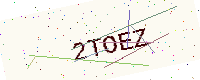
Text: 2TOEZ